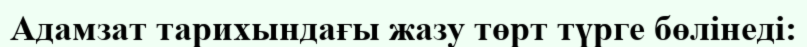
Адамзат тарихындағы жазу төрт түрге бөлінеді: